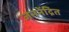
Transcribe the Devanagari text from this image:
जननेंद्रित